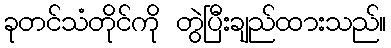
ခုတင်သံတိုင်ကို တွဲပြီးချည်ထားသည်။